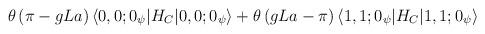
LaTeX: \begin{align*}\theta\left(\pi-gLa\right)\langle0,0;0_{\psi}|H_{C}|0,0;0_{\psi}\rangle +\theta\left(gLa-\pi\right)\langle 1,1;0_{\psi}|H_{C}|1,1;0_{\psi}\rangle\end{align*}